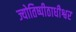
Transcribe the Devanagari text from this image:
ज्योतिष्पीठाधीश्वर